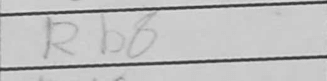
Transcription: Rb8